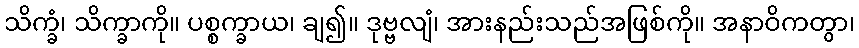
သိက္ခံ၊ သိက္ခာကို။ ပစ္စက္ခာယ၊ ချ၍။ ဒုဗ္ဗလျံ၊ အားနည်းသည်အဖြစ်ကို။ အနာဝိကတွာ၊